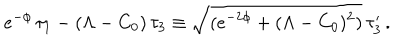
LaTeX: e ^ { - \phi } \, \tau _ { 1 } - ( \Lambda - C _ { 0 } ) \, \tau _ { 3 } \equiv \sqrt { ( e ^ { - 2 \phi } + ( \Lambda - C _ { 0 } ) ^ { 2 } ) } \, \tau _ { 3 } ^ { \prime } \, .